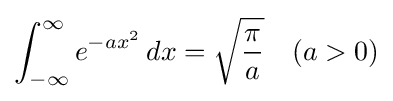
\int _{-\infty }^{\infty }e^{-ax^{2}}\,dx={\sqrt {\pi  \over a}}\quad (a>0)